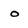
Character: o